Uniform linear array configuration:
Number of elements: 48
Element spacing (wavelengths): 0.25
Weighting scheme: hamming
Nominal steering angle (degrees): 0
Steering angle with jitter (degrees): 0.3024
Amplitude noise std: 0.05
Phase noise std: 0.05

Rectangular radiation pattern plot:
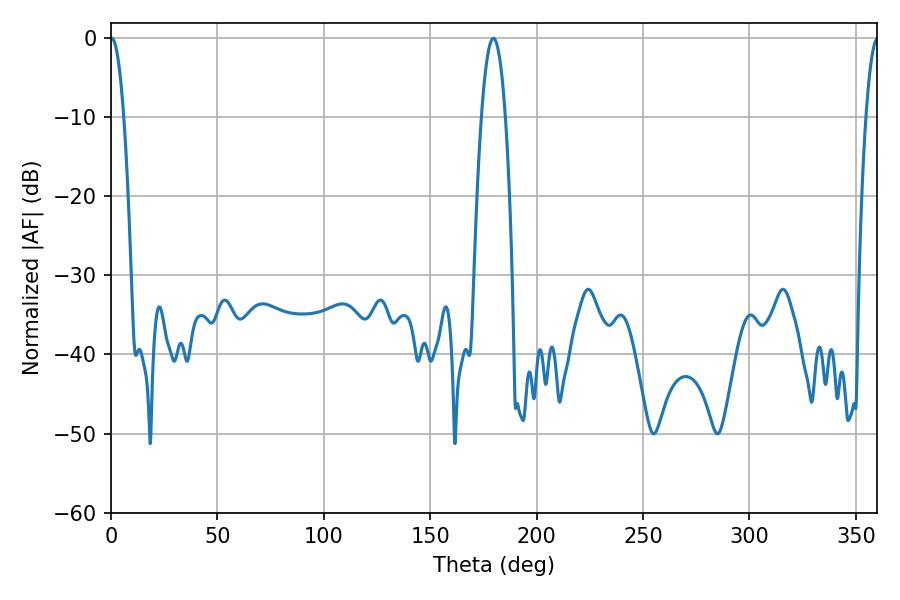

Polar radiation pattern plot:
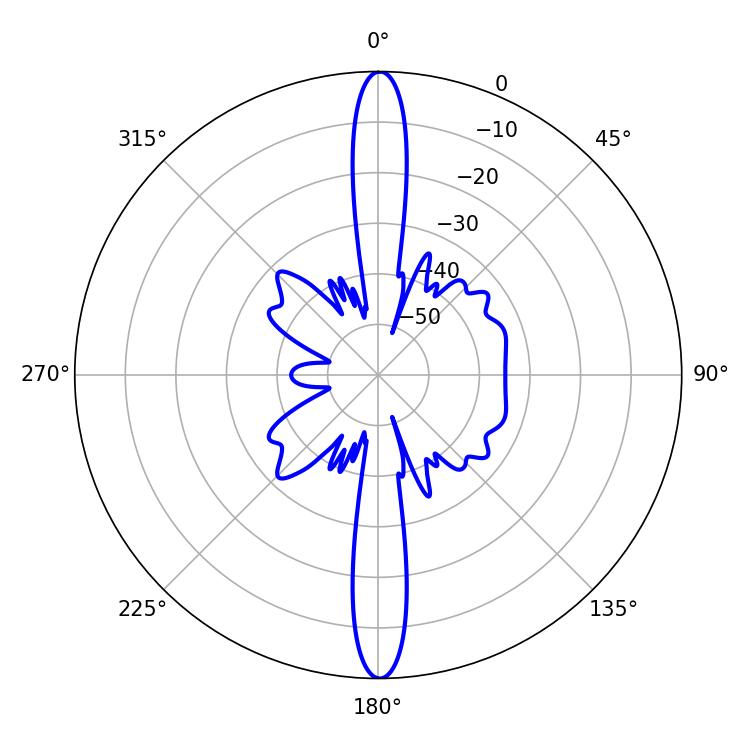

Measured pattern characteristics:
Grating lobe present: FALSE
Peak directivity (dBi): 30.792
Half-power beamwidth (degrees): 3.42
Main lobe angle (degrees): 0.36